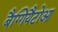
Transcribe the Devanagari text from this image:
बैग्गियैटोआ